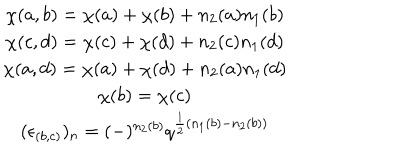
\begin{array} { c } { { \chi ( a , b ) = \chi ( a ) + \chi ( b ) + n _ { 2 } ( a ) n _ { 1 } ( b ) } } \\ { { \chi ( c , d ) = \chi ( c ) + \chi ( d ) + n _ { 2 } ( c ) n _ { 1 } ( d ) } } \\ { { \chi ( a , d ) = \chi ( a ) + \chi ( d ) + n _ { 2 } ( a ) n _ { 1 } ( d ) } } \\ { { \chi ( b ) = \chi ( c ) } } \\ { { ( \epsilon _ { ( b , c ) } ) _ { n } = ( - ) ^ { n _ { 2 } ( b ) } q ^ { \frac { 1 } { 2 } ( n _ { 1 } ( b ) - n _ { 2 } ( b ) ) } } } \\ \end{array}